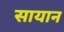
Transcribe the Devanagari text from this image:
सायान